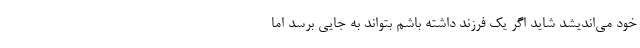
خود می‌اندیشد شاید اگر یک فرزند داشته باشم بتواند به جایی برسد اما